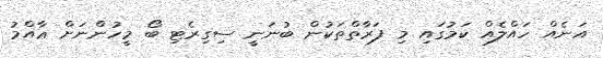
އަނެއް ހައްލެއް ކަމުގައި މި ފަރާތްތަކުން ބުނަނީ ސިގިރެޓި ބޯ މީހުންނަށް ޢާއްމު